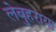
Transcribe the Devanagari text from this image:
लेबुहराया